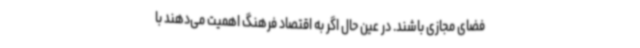
فضای مجازی باشند. در عین حال اگر به اقتصاد فرهنگ اهمیت می‌دهند با